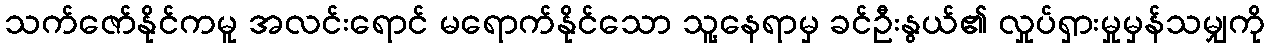
သက်ဇော်နိုင်ကမူ အလင်းရောင် မရောက်နိုင်သော သူ့နေရာမှ ခင်ဦးနွယ်၏ လှုပ်ရှားမှုမှန်သမျှကို